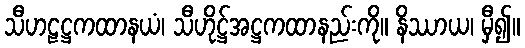
သီဟဠဋ္ဌကထာနယံ၊ သီဟိုဋ္ဌ်အဋ္ဌကထာနည်းကို။ နိဿာယ၊ မှီ၍။